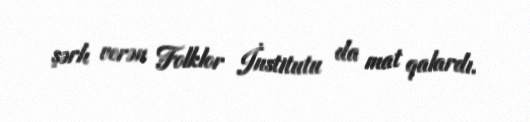
şərh verən Folklor İnstitutu da mat qalardı.